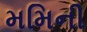
મમિની